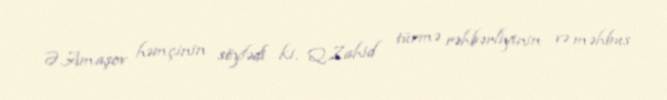
Ə.Amaşov həmçinin söylədi ki, Q.Zahid türmə rəhbərliyinin və məhbus